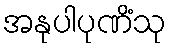
အနုပါပုဏိံသု